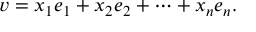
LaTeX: v = x _ { 1 } e _ { 1 } + x _ { 2 } e _ { 2 } + \dotsb + x _ { n } e _ { n } .